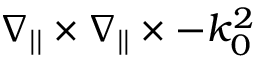
\ensuremath { \boldsymbol { \nabla } } _ { | | } \times \ensuremath { \boldsymbol { \nabla } } _ { | | } \times - k _ { 0 } ^ { 2 }